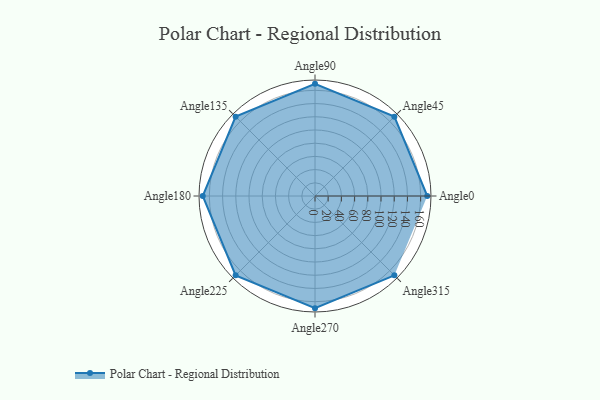
{"axis": {"x": "Angle", "y": "Radius"}, "legend": [""], "data": [{"x": "Angle0", "y": 170, "type": ""}, {"x": "Angle45", "y": 170, "type": ""}, {"x": "Angle90", "y": 170, "type": ""}, {"x": "Angle135", "y": 170, "type": ""}, {"x": "Angle180", "y": 170, "type": ""}, {"x": "Angle225", "y": 170, "type": ""}, {"x": "Angle270", "y": 170, "type": ""}, {"x": "Angle315", "y": 170, "type": ""}]}